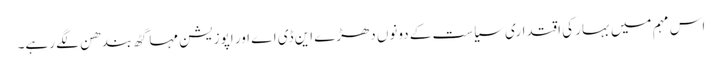
اس مہم میں بہار کی اقتداری سیاست کے دونوں دھڑے این ڈی اے اور اپوزیشن مہا گٹھ بندھن لگے رہے۔